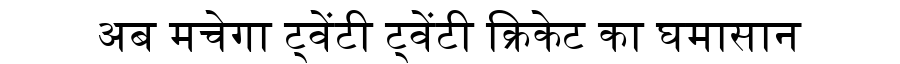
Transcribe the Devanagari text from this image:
अब मचेगा ट्वेंटी ट्वेंटी क्रिकेट का घमासान